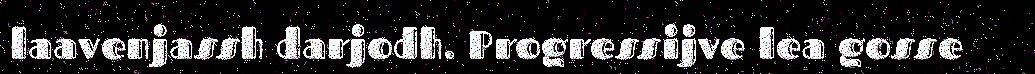
laavenjassh darjodh. Progressijve lea gosse